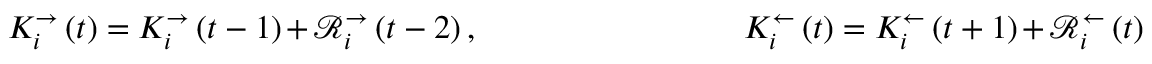
K _ { i } ^ { \rightarrow } \left( t \right) = K _ { i } ^ { \rightarrow } \left( t - 1 \right) + \mathcal { R } _ { i } ^ { \rightarrow } \left( t - 2 \right) , \qquad \qquad \qquad \qquad K _ { i } ^ { \leftarrow } \left( t \right) = K _ { i } ^ { \leftarrow } \left( t + 1 \right) + \mathcal { R } _ { i } ^ { \leftarrow } \left( t \right)